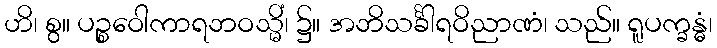
ဟိ၊ စွ။ ပဉ္စဝေါကာရဘဝသ္မိံ၊ ၌။ အဘိသင်္ခါရဝိညာဏံ၊ သည်။ ရူပက္ခန္ဓံ၊